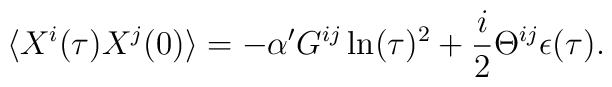
\langle X^i(\tau)X^j(0)\rangle = -\alpha' G^{ij} \ln(\tau)^2 +\frac{i}{2}\Theta ^{ij} \epsilon (\tau).